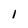
Character: i